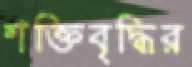
শক্তিবৃদ্ধির